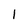
Character: l